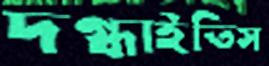
দগ্ধাইতিস